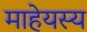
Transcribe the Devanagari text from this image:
माहेयस्य